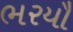
ભરયૌ